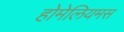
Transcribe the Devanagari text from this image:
होमेलियमस